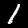
Label: 1